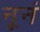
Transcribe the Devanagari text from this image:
नूनं